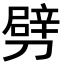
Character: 劈